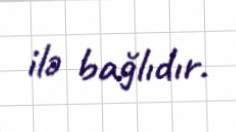
ilə bağlıdır.